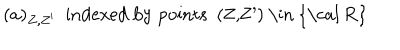
LaTeX: ( a ) _ { Z , Z ^ { \prime } } \ \ \mathrm { i n d e x e d ~ b y ~ p o i n t s ~ ( Z , Z ^ { \prime } ) ~ \in ~ { \cal ~ R } ~ }